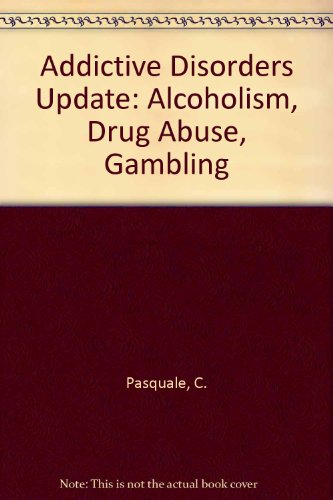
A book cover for Addictive Disorders Update: Alcoholism, Drug Abuse, Gambling (Problems of industrial psychiatric medicine); Pasquale Carone; Health, Fitness & Dieting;